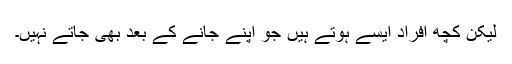
لیکن کچھ افراد ایسے ہوتے ہیں جو اپنے جانے کے بعد بھی جاتے نہیں۔